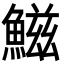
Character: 鰦